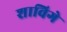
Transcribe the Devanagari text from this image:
शाविगे